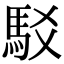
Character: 駁